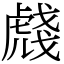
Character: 虥